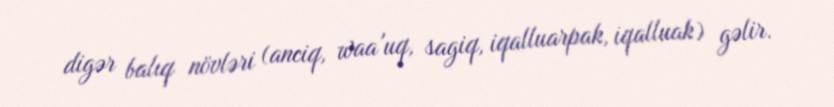
digər balıq növləri (anciq, waa'uq, sagiq, iqalluarpak, iqalluak) gəlir.